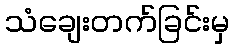
သံချေးတက်ခြင်းမှ